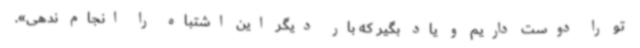
تو را دوست داریم و یاد بگیر که بار دیگر این اشتباه را انجام ندهی».